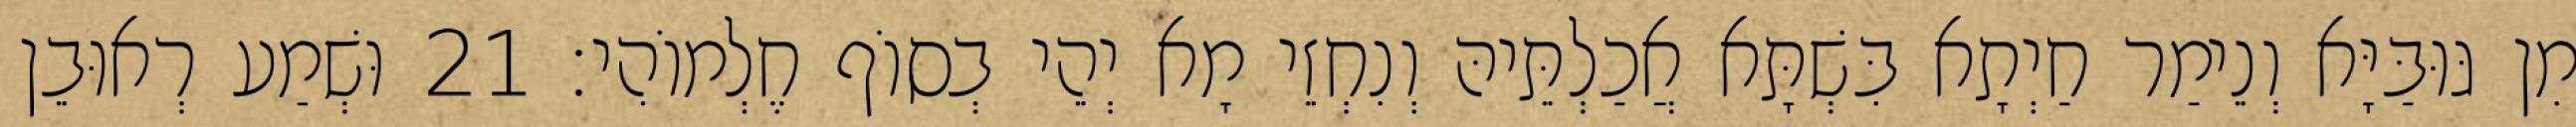
מִן גּוּבַּיָּא וְנֵימַר חַיְתָא בִּשְׁתָּא אֲכַלְתֵּיהּ וְנִחְזֵי מָא יְהֵי בְסוֹף חֶלְמוֹהִי׃ 21 וּשְׁמַע רְאוּבֵן